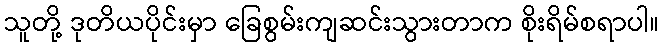
သူတို့ ဒုတိယပိုင်းမှာ ခြေစွမ်းကျဆင်းသွားတာက စိုးရိမ်စရာပါ။